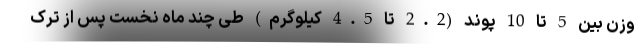
وزن بین 5 تا 10 پوند (2.2 تا 4.5 کیلوگرم) طی چند ماه نخست پس از ترک